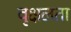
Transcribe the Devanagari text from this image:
वृक्षलता